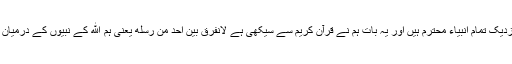
اسی وجہ سے ہمارے نزدیک تمام انبیاء محترم ہیں اور یہ بات ہم نے قرآن کریم سے سیکھی ہے لانفرق بین احد من رسله یعنی ہم الله کے نبیوں کے درمیان کوئی فرق نہیں کرتے ۔